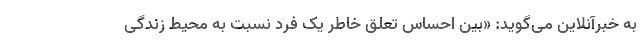
به خبرآنلاین می‌گوید: «بین احساس تعلق خاطر یک فرد نسبت به محیط زندگی